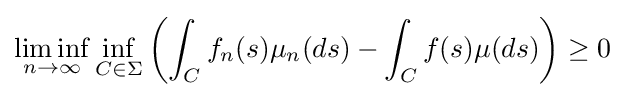
\liminf _{n\rightarrow \infty }\inf _{C\in \Sigma }\left(\int _{C}f_{n}(s)\mu _{n}(ds)-\int _{C}f(s)\mu (ds)\right)\geq 0